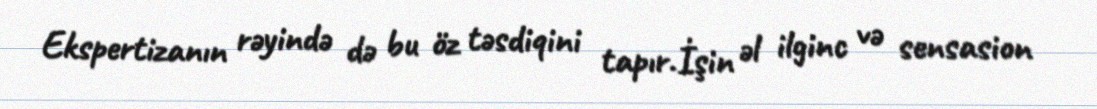
Ekspertizanın rəyində də bu öz təsdiqini tapır.İşin əl ilginc və sensasion